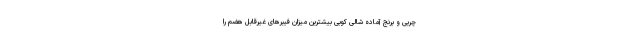
چربی و برنج آماده شالی کوبی بیشترین میزان فیبرهای غیرقابل هضم را